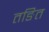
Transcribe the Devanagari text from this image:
तङित